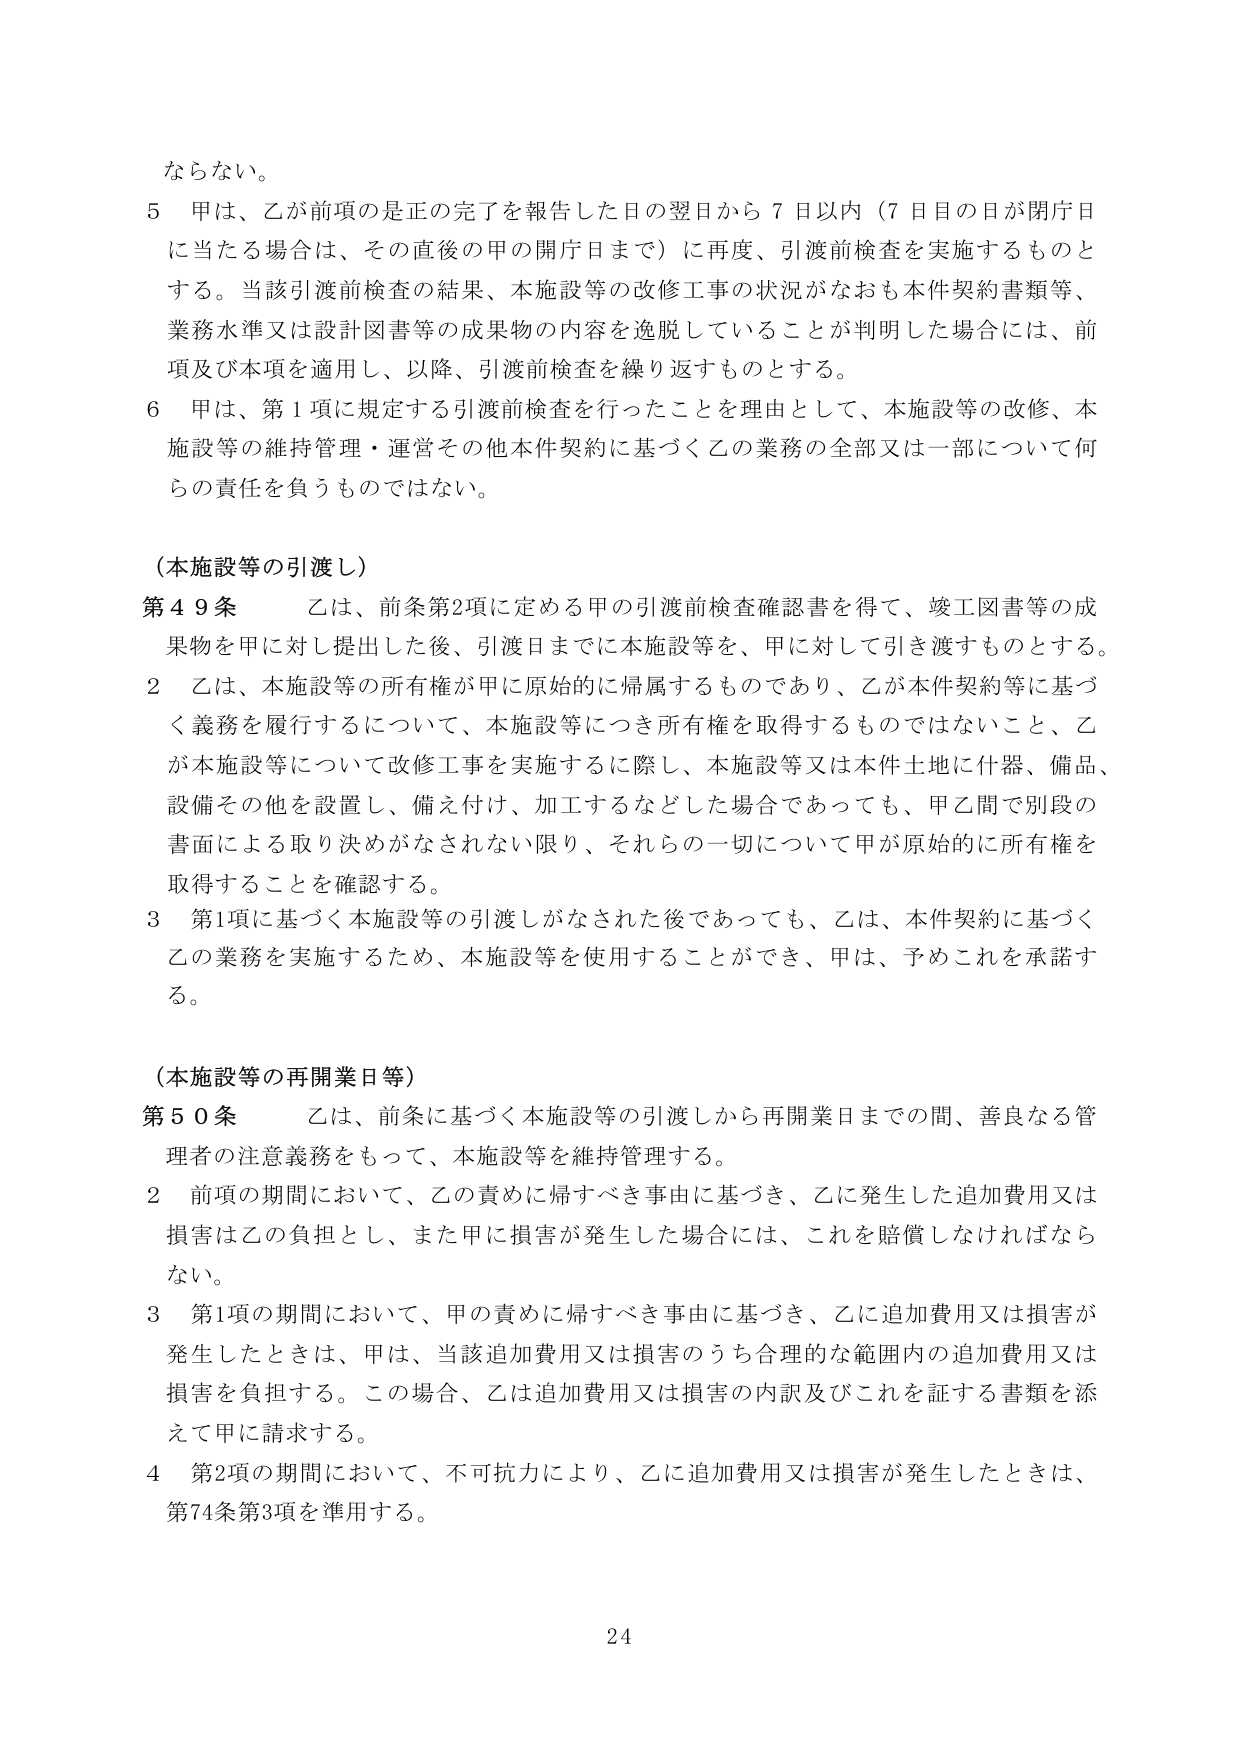
ならない。

５ 甲は、乙が前項の是正の完了を報告した日の翌日から７日以内（７日目の日が閉庁日に当たる場合は、その直後の甲の開庁日まで）に再度、引渡前検査を実施するものとする。当該引渡前検査の結果、本施設等の改修工事の状況がなおも本件契約書類等、業務水準又は設計図書等の成果物の内容を逸脱していることが判明した場合には、前項及び本項を適用し、以降、引渡前検査を繰り返すものとする。

６ 甲は、第１項に規定する引渡前検査を行ったことを理由として、本施設等の改修、本施設等の維持管理・運営その他本件契約に基づく乙の業務の全部又は一部について何らの責任を負うものではない。

（本施設等の引渡し）

第４９条 乙は、前条第２項に定める甲の引渡前検査確認書を得て、竣工図書等の成果物を甲に対し提出した後、引渡日までに本施設等を、甲に対して引き渡すものとする。

２ 乙は、本施設等の所有権が甲に原始的に帰属するものであり、乙が本件契約等に基づく義務を履行するについて、本施設等につき所有権を取得するものではないこと、乙が本施設等について改修工事を実施するに際し、本施設等又は本件土地に什器、備品、設備その他を設置し、備え付け、加工するなどした場合であっても、甲乙間で別段の書面による取り決めがなされない限り、それらの一切について甲が原始的に所有権を取得することを確認する。

３ 第１項に基づく本施設等の引渡しがなされた後であっても、乙は、本件契約に基づく乙の業務を実施するため、本施設等を使用することができ、甲は、予めこれを承諾する。

（本施設等の再開業日等）

第５０条 乙は、前条に基づく本施設等の引渡しから再開業日までの間、善良なる管理者の注意義務をもって、本施設等を維持管理する。

２ 前項の期間において、乙の責めに帰すべき事由に基づき、乙に発生した追加費用又は損害は乙の負担とし、また甲に損害が発生した場合には、これを賠償しなければならない。

３ 第１項の期間において、甲の責めに帰すべき事由に基づき、乙に追加費用又は損害が発生したときは、甲は、当該追加費用又は損害のうち合理的な範囲内の追加費用又は損害を負担する。この場合、乙は追加費用又は損害の内訳及びこれを証する書類を添えて甲に請求する。

４ 第２項の期間において、不可抗力により、乙に追加費用又は損害が発生したときは、第74条第3項を準用する。

24